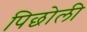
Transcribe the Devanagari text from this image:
पिछोली